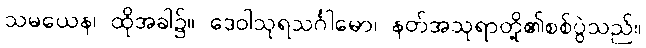
သမယေန၊ ထိုအခါ၌။ ဒေဝါသုရသင်္ဂါမော၊ နတ်အသုရာတို့၏စစ်ပွဲသည်။